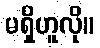
မရှိဟူလို။